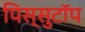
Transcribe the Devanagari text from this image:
पिस्सुटॉप